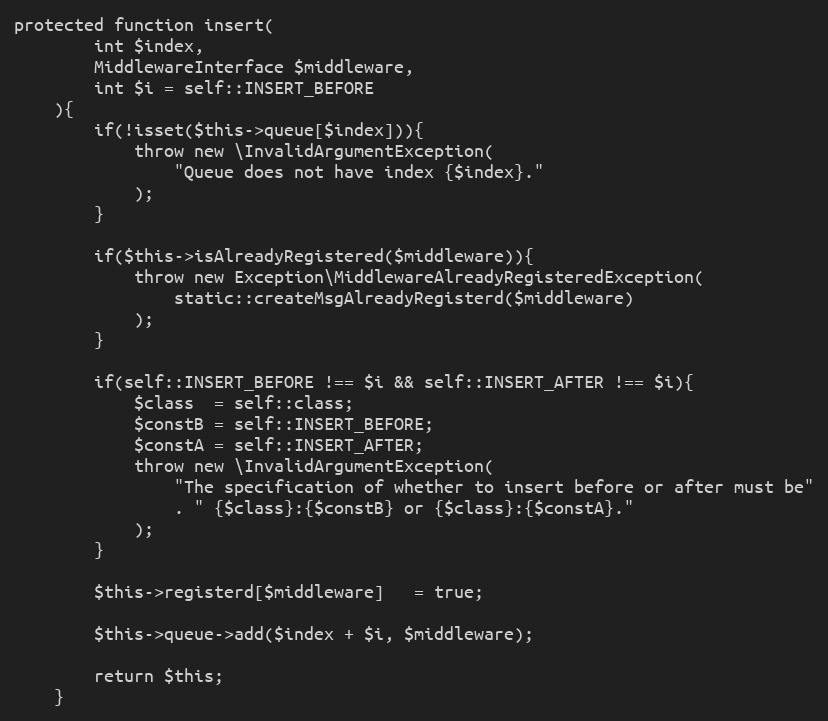
Language: PHP
protected function insert(
        int $index,
        MiddlewareInterface $middleware,
        int $i = self::INSERT_BEFORE
    ){
        if(!isset($this->queue[$index])){
            throw new \InvalidArgumentException(
                "Queue does not have index {$index}."
            );
        }

        if($this->isAlreadyRegistered($middleware)){
            throw new Exception\MiddlewareAlreadyRegisteredException(
                static::createMsgAlreadyRegisterd($middleware)
            );
        }

        if(self::INSERT_BEFORE !== $i && self::INSERT_AFTER !== $i){
            $class  = self::class;
            $constB = self::INSERT_BEFORE;
            $constA = self::INSERT_AFTER;
            throw new \InvalidArgumentException(
                "The specification of whether to insert before or after must be"
                . " {$class}:{$constB} or {$class}:{$constA}."
            );
        }

        $this->registerd[$middleware]   = true;

        $this->queue->add($index + $i, $middleware);

        return $this;
    }